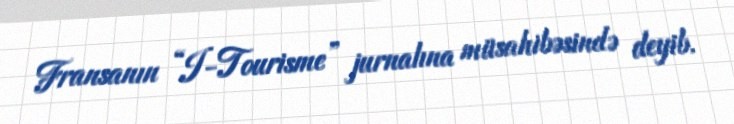
Fransanın “I-Tourisme” jurnalına müsahibəsində deyib.